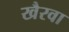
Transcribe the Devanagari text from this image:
खैरवा